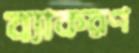
ব্যাকরণ